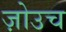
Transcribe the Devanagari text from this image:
ज़ोउच